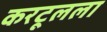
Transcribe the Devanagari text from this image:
करटूलला